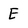
Character: E